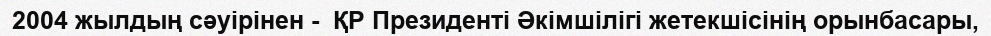
2004 жылдың сәуірінен -  ҚР Президенті Әкімшілігі жетекшісінің орынбасары,